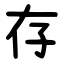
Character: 存